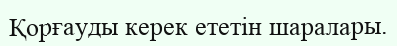
Қорғауды керек ететін шаралары.